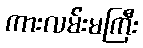
ကားလမ်းမကြီး